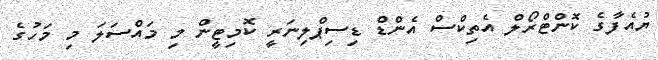
ޔުއެފާގެ ކޮންޓްރޯލް އެތިކްސް އެންޑް ޑިސިޕްލިނަރީ ކޮމިޓީން މި މައްސަލަ މި މަހުގެ